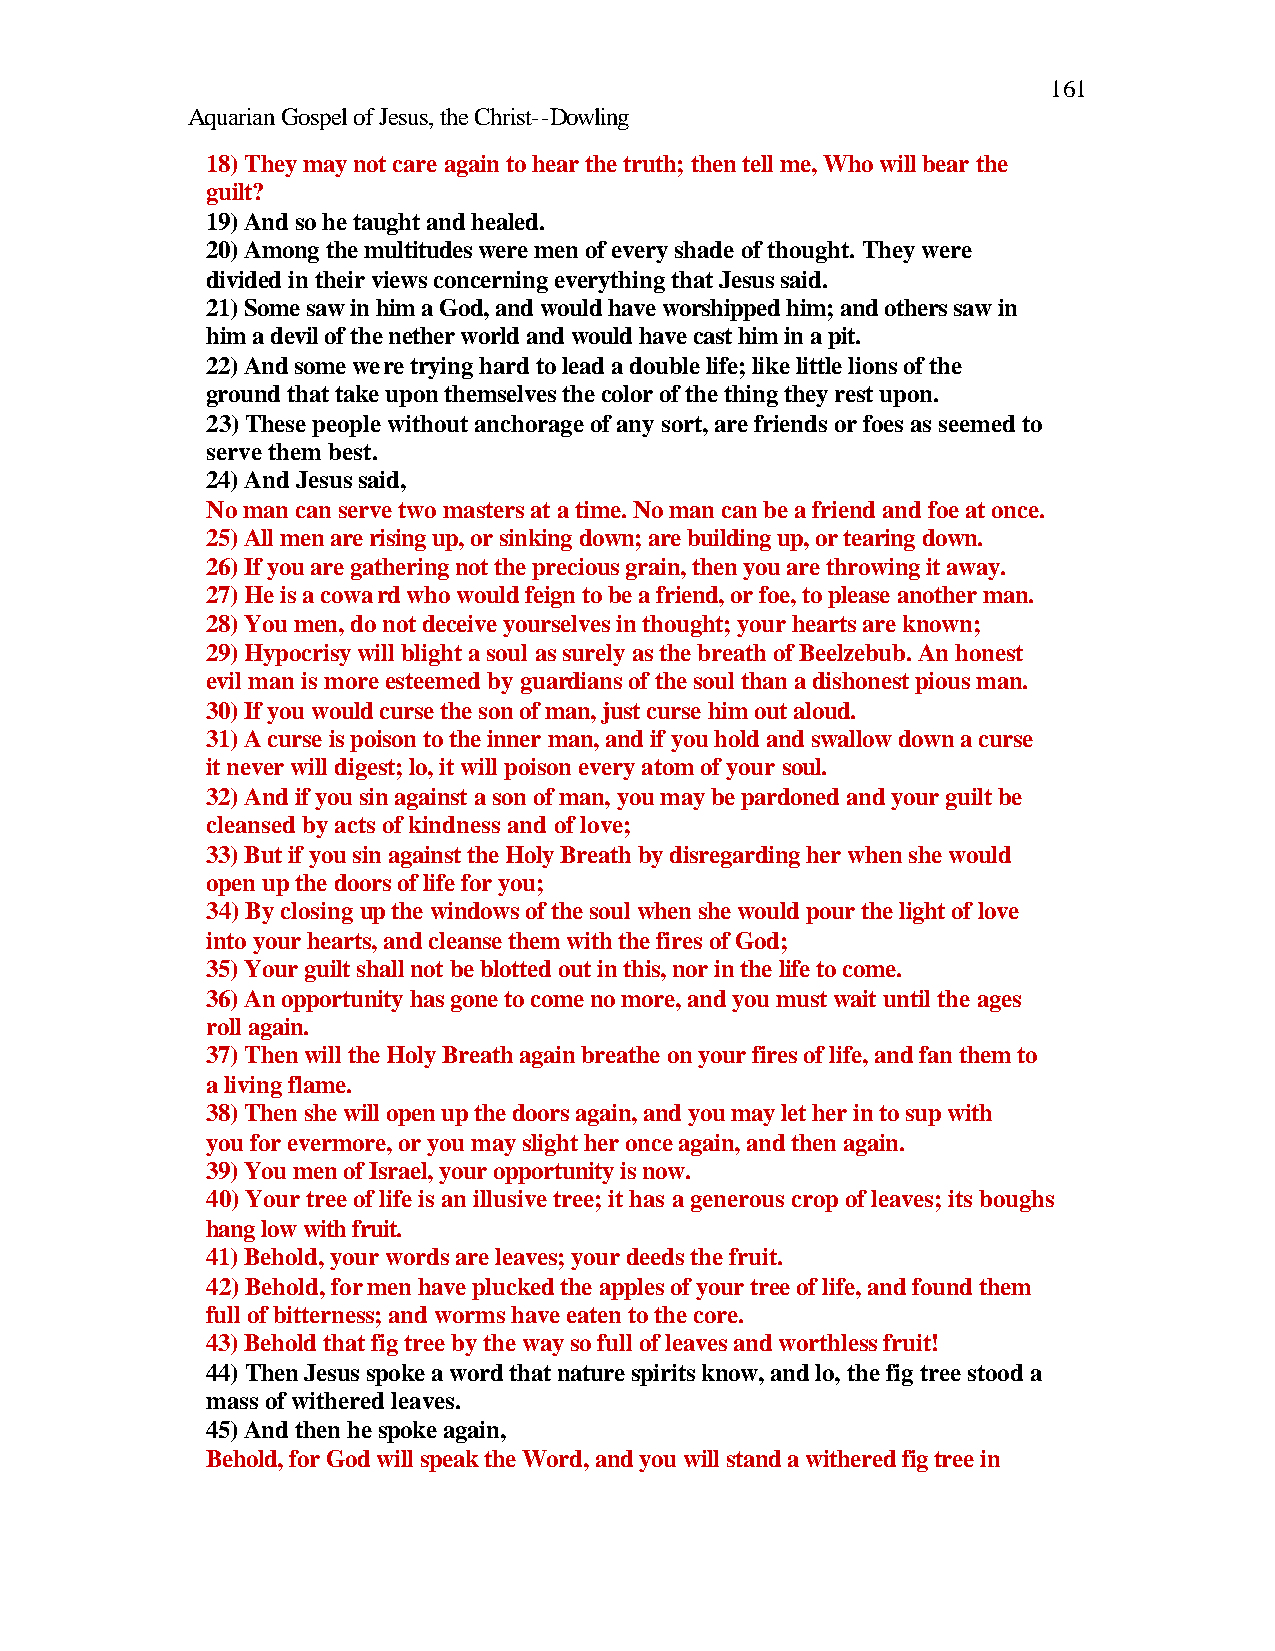
161
 Aquarian Gospel of Jesus, the Christ--Dowling
 18) They may not care again to hear the truth; then tell me, Who will bear the
 guilt?
 19) And so he taught and healed.
 20) Among the multitudes were men of every shade of thought. They were
 divided in their views concerning everything that Jesus said.
 21) Some saw in him a God, and would have worshipped him; and others saw in
 him a devil of the nether world and would have cast him in a pit.
 22) And some were trying hard to lead a double life; like little lions of the
 ground that take upon themselves the color of the thing they rest upon.
 23) These people without anchorage of any sort, are friends or foes as seemed to
 serve them best.
 24) And Jesus said,
 No man can serve two masters at a time. No man can be a friend and foe at once.
 25) All men are rising up, or sinking down; are building up, or tearing down.
 26) If you are gathering not the precious grain, then you are throwing it away.
 27) He is a coward who would feign to be a friend, or foe, to please another man.
 28) You men, do not deceive yourselves in thought; your hearts are known;
 29) Hypocrisy will blight a soul as surely as the breath of Beelzebub. An honest
 evil man is more esteemed by guardians of the soul than a dishonest pious man.
 30) If you would curse the son of man, just curse him out aloud.
 31) A curse is poison to the inner man, and if you hold and swallow down a curse
 it never will digest; lo, it will poison every atom of your soul.
 32) And if you sin against a son of man, you may be pardoned and your guilt be
 cleansed by acts of kindness and of love;
 33) But if you sin against the Holy Breath by disregarding her when she would
 open up the doors of life for you;
 34) By closing up the windows of the soul when she would pour the light of love
 into your hearts, and cleanse them with the fires of God;
 35) Your guilt shall not be blotted out in this, nor in the life to come.
 36) An opportunity has gone to come no more, and you must wait until the ages
 roll again.
 37) Then will the Holy Breath again breathe on your fires of life, and fan them to
 a living flame.
 38) Then she will open up the doors again, and you may let her in to sup with
 you for evermore, or you may slight her once again, and then again.
 39) You men of Israel, your opportunity is now.
 40) Your tree of life is an illusive tree; it has a generous crop of leaves; its boughs
 hang low with fruit.
 41) Behold, your words are leaves; your deeds the fruit.
 42) Behold, for men have plucked the apples of your tree of life, and found them
 full of bitterness; and worms have eaten to the core.
 43) Behold that fig tree by the way so full of leaves and worthless fruit!
 44) Then Jesus spoke a word that nature spirits know, and lo, the fig tree stood a
 mass of withered leaves.
 45) And then he spoke again,
 Behold, for God will speak the Word, and you will stand a withered fig tree in